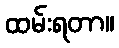
ထမ်းရတာ။